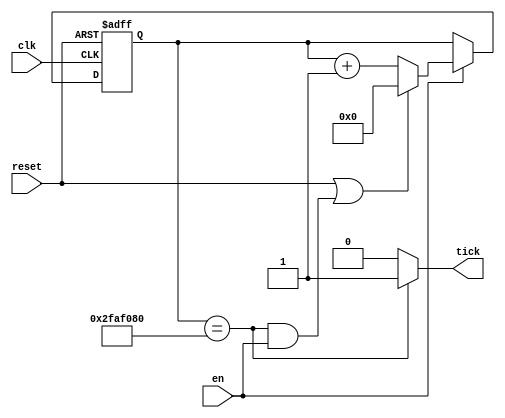
`timescale 1ns / 1ps
//////////////////////////////////////////////////////////////////////////////////
// Company: 
// Engineer: 
// 
// Design Name: 
// Module Name: clock_divider
// Project Name: 
// Target Devices: 
// Tool Versions: 
// Description: 
// 
// Dependencies: 
// 
// Revision:
// Revision 0.01 - File Created
// Additional Comments:
// 
//////////////////////////////////////////////////////////////////////////////////


module clock_divider(
    input clk, 
    input reset,
    input en,
    output tick
    );
    
    parameter DVSR = 50000000; //Mod-M counter for 0.5 second tick with 100MHZ clock
    
    //counter for clock frequency
    reg [31:0] ms_reg;         
    wire [31:0] ms_next;
    
                
    always @(posedge clk, posedge reset)
        if(reset)
            ms_reg <= 0;
        else if (en)
            ms_reg <= ms_next;
    
    //next-state logic
    assign ms_next = (reset || (ms_reg == DVSR && en)) ? 0 :
                     (en) ?   ms_reg + 1 :
                              ms_reg;
                              
    //output logic              
    assign tick = (ms_reg == DVSR) ? 1'b1 : 1'b0;
    
endmodule